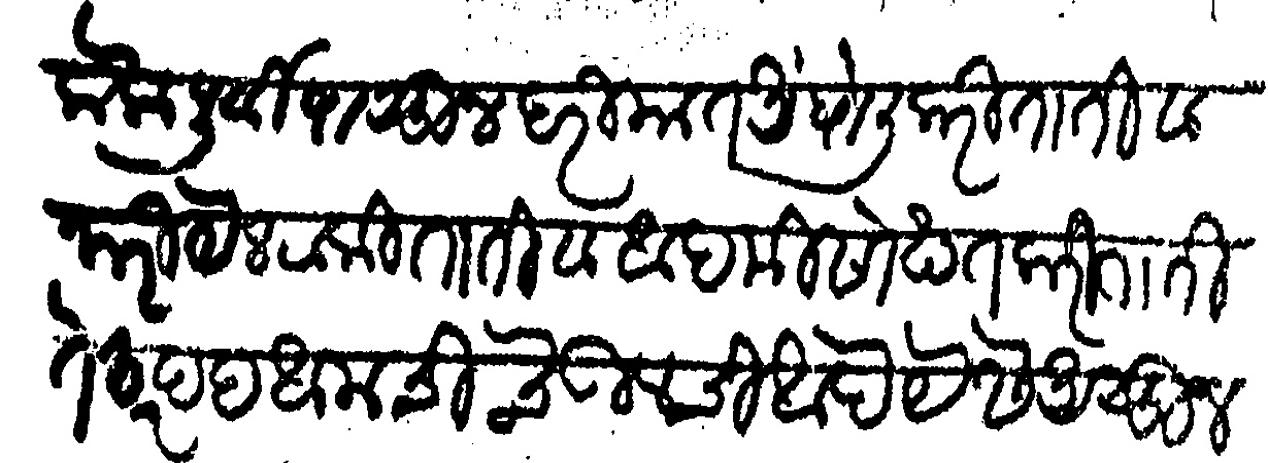
Transliteration (Devanagari): लोक पूर्वीपासून दरीयात अंघोली करिताती व नारियेल टाकीताती व आदमी सोख्त करिताती ते सरहद आमची चेऊलची आहे पैसे असून